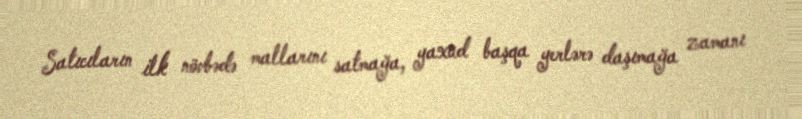
Satıcıların ilk növbədə mallarını satmağa, yaxud başqa yerlərə daşımağa zamanı